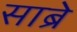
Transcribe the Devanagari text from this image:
साब्रे